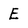
Character: E